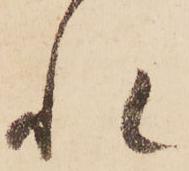
れ